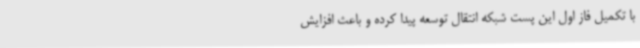
با تکمیل فاز اول این پست شبکه انتقال توسعه پیدا کرده و باعث افزایش